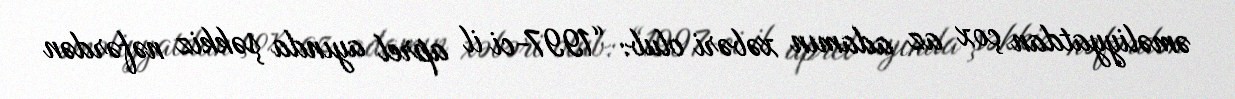
əməliyyatdan çox az adamın xəbəri olub: “1997-ci il aprel ayında şəkkiz nəfərdən